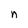
Character: n